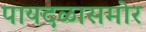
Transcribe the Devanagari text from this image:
पायदळासमोर